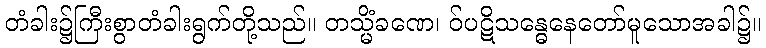
တံခါး၌ကြီးစွာတံခါးရွက်တို့သည်။ တသ္မိံခဏေ၊ ဝ်ပဋိသန္ဓေနေတော်မူသောအခါ၌။